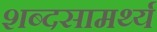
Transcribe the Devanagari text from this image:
शब्दसामर्थ्य